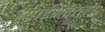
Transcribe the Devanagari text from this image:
यार्डअंतरावर